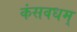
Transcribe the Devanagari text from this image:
कंसवधम्